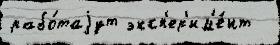
рабо́таjут эксп'ер'им'е́нт